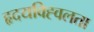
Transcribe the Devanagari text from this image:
हृदयविह्वलता